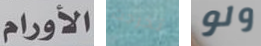
الأورام تخرجت ولو